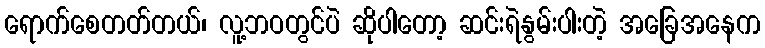
ရောက်စေတတ်တယ်၊ လူ့ဘဝတွင်ပဲ ဆိုပါတော့ ဆင်းရဲနွမ်းပါးတဲ့ အခြေအနေက